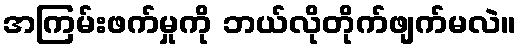
အကြမ်းဖက်မှုကို ဘယ်လိုတိုက်ဖျက်မလဲ။